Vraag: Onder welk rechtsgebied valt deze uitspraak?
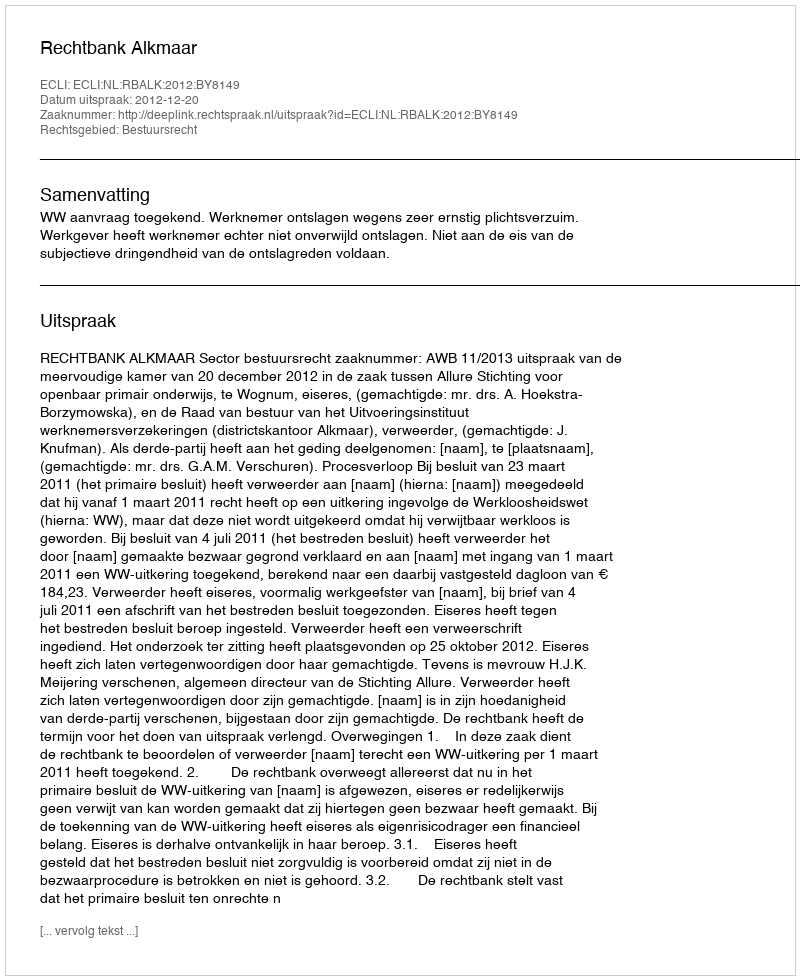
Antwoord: Bestuursrecht